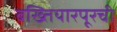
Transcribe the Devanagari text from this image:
बख्तियारपूरची